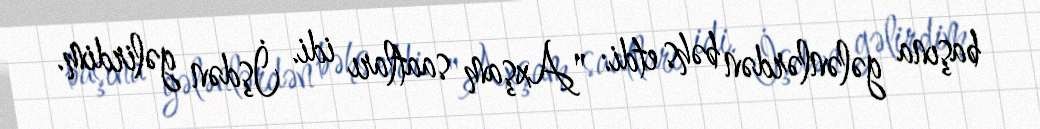
başına gələnlərdən bəhs etdi: "Axşam saatları idi. İşdən gəlirdim.